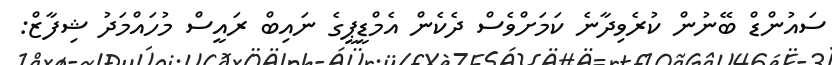
ސައުންޑް ބޭނުން ކުރެވިދާނެ ކަމަށްވެސް ދެކެން އެމްޑީޕީގެ ނައިބް ރައީސް މުހައްމަދު ޝިފާޒް: